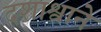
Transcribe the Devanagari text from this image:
दशाश्वाने